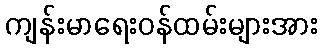
ကျန်းမာရေးဝန်ထမ်းများအား